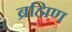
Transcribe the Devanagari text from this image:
ब्रह्मिण